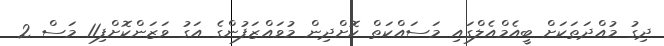
ދިގު މުއްދަތަކަށް ބީއެމްއެލްގައި މަސައްކަތް ކޮށްދިން މުވައްޒަފުންގެެ އަގު ވަޒަންކޮށްފި11 މަސް 2